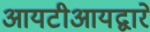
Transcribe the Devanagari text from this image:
आयटीआयद्वारे